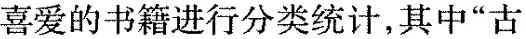
喜爱的书籍进行分类统计，其中”古